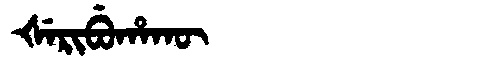
Manchu: ᡧᡝᡵᡳᠪᡠᡥᠠᡴᡡ
Romanization: ŠERIBUHAKŪ